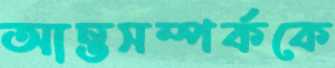
আন্তসম্পর্ককে